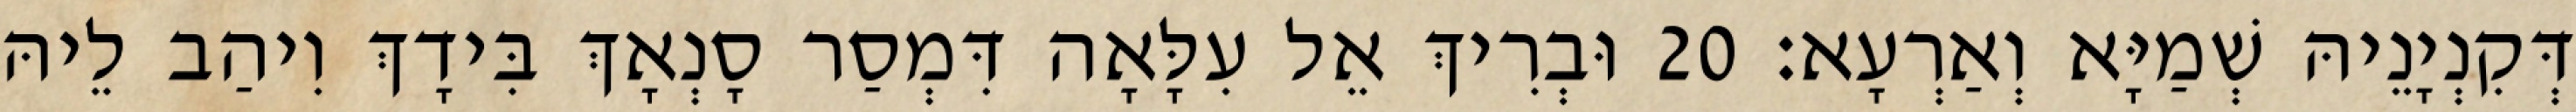
דְּקִנְיָנֵיהּ שְׁמַיָּא וְאַרְעָא׃ 20 וּבְרִיךְ אֵל עִלָּאָה דִּמְסַר סָנְאָךְ בִּידָךְ וִיהַב לֵיהּ